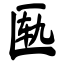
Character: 匦